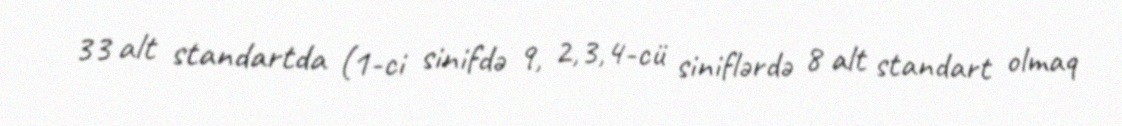
33 alt standartda (1-ci sinifdə 9, 2,3,4-cü siniflərdə 8 alt standart olmaq